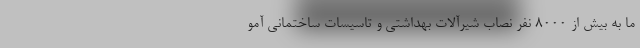
ما به بیش از ۸۰۰۰ نفر نصاب شیرآلات بهداشتی و تاسیسات ساختمانی آمو